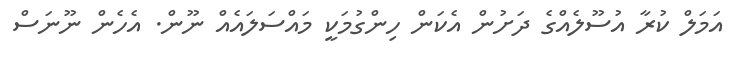
އަމަލް ކުރާ އުސޫލެއްގެ ދަށުން އެކަން ހިންގުމަކީ މައްސަލައެއް ނޫން. އެހެން ނޫނަސް